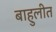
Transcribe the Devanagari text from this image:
बाहुलीत